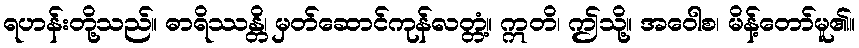
ရဟန်းတို့သည်။ ဓာရိဿန္တိ၊ မှတ်ဆောင်ကုန်လတ္တံ့။ ဣတိ၊ ဤသို့။ အဝေါစ၊ မိန့်တော်မူ၏။